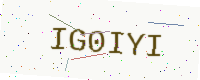
Text: IG0IYI